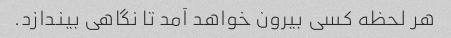
هر لحظه کسی بیرون خواهد آمد تا نگاهی بیندازد.